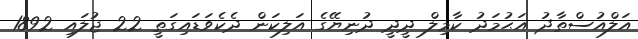
އަލްއުސްތާޛު އަޙުމަދު ކާމިލް ދީދީ ދުނިޔޭގެ އަލިކަން ދެކެވަޑައިގަތީ 22 ޖުލައި 1892